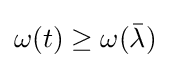
\omega (t)\geq \omega ({\bar {\lambda }})